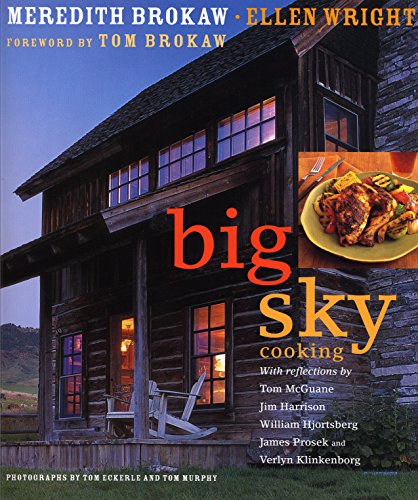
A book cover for Big Sky Cooking; Meredith Auld; Wright, Ellen Brokaw; Cookbooks, Food & Wine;